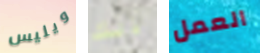
ويليس ذلك العمل